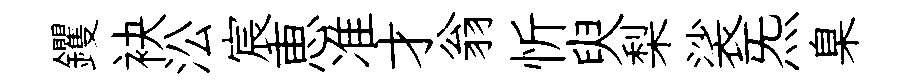
钁袂㳂宸恵准才翁忻臾梨裟炁臬